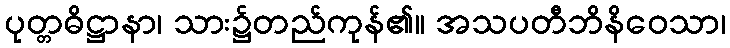
ပုတ္တဓိဋ္ဌာနာ၊ သား၌တည်ကုန်၏။ အသပတီဘိနိဝေသာ၊